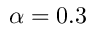
\alpha = 0 . 3